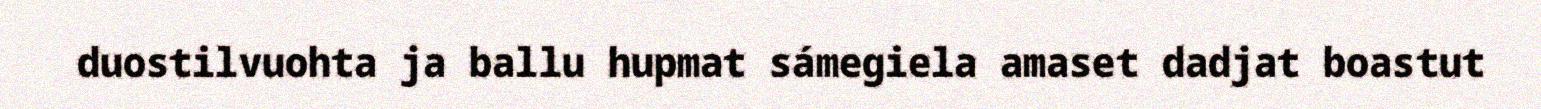
duostilvuohta ja ballu hupmat sámegiela amaset dadjat boastut